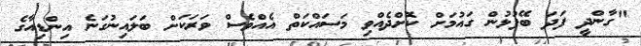
"ގާންދީ ފަދަ ބޭފުޅުން ގައުމަށް ކޮށްދެއްވި މަސައްކަތް އެއްވެސް ވަރަކަށް ބަލައިނުގަނެ އިންޑިއާގެ